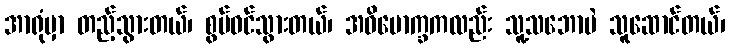
အာရုံမှာ တည့်သွားတယ်၊ စွပ်ဝင်သွားတယ်၊ အဓိမောက္ခကလည်း သူ့သဘောပဲ သူဆောင်တယ်၊